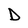
Character: D